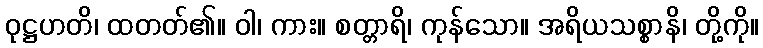
ဝုဋ္ဌဟတိ၊ ထတတ်၏။ ဝါ၊ ကား။ စတ္တာရိ၊ ကုန်သော။ အရိယသစ္စာနိ၊ တို့ကို။